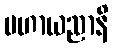
မဟာယညာနိ